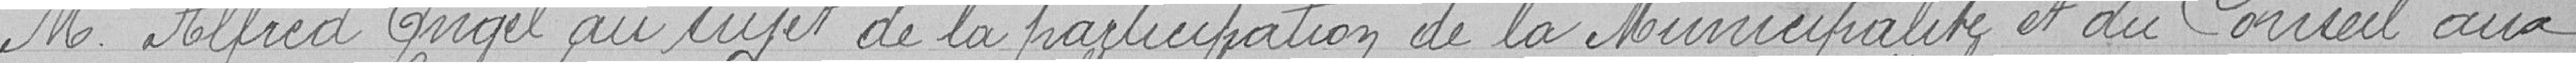
Monsieur Alfred Angel au sujet de la participation de la Municipalité et du Conseil aux